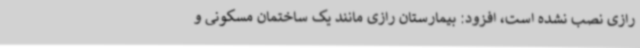
رازی نصب نشده است، افزود: بیمارستان رازی مانند یک ساختمان مسکونی و